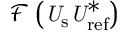
\mathcal { F } \left( \it U _ { \mathrm { s } } U _ { \mathrm { r e f } } ^ { \ast } \right)